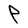
Character: P